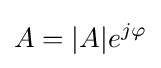
A=|A|e^{j\varphi }